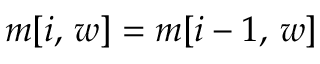
m [ i , \, w ] = m [ i - 1 , \, w ]